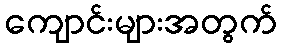
ကျောင်းများအတွက်